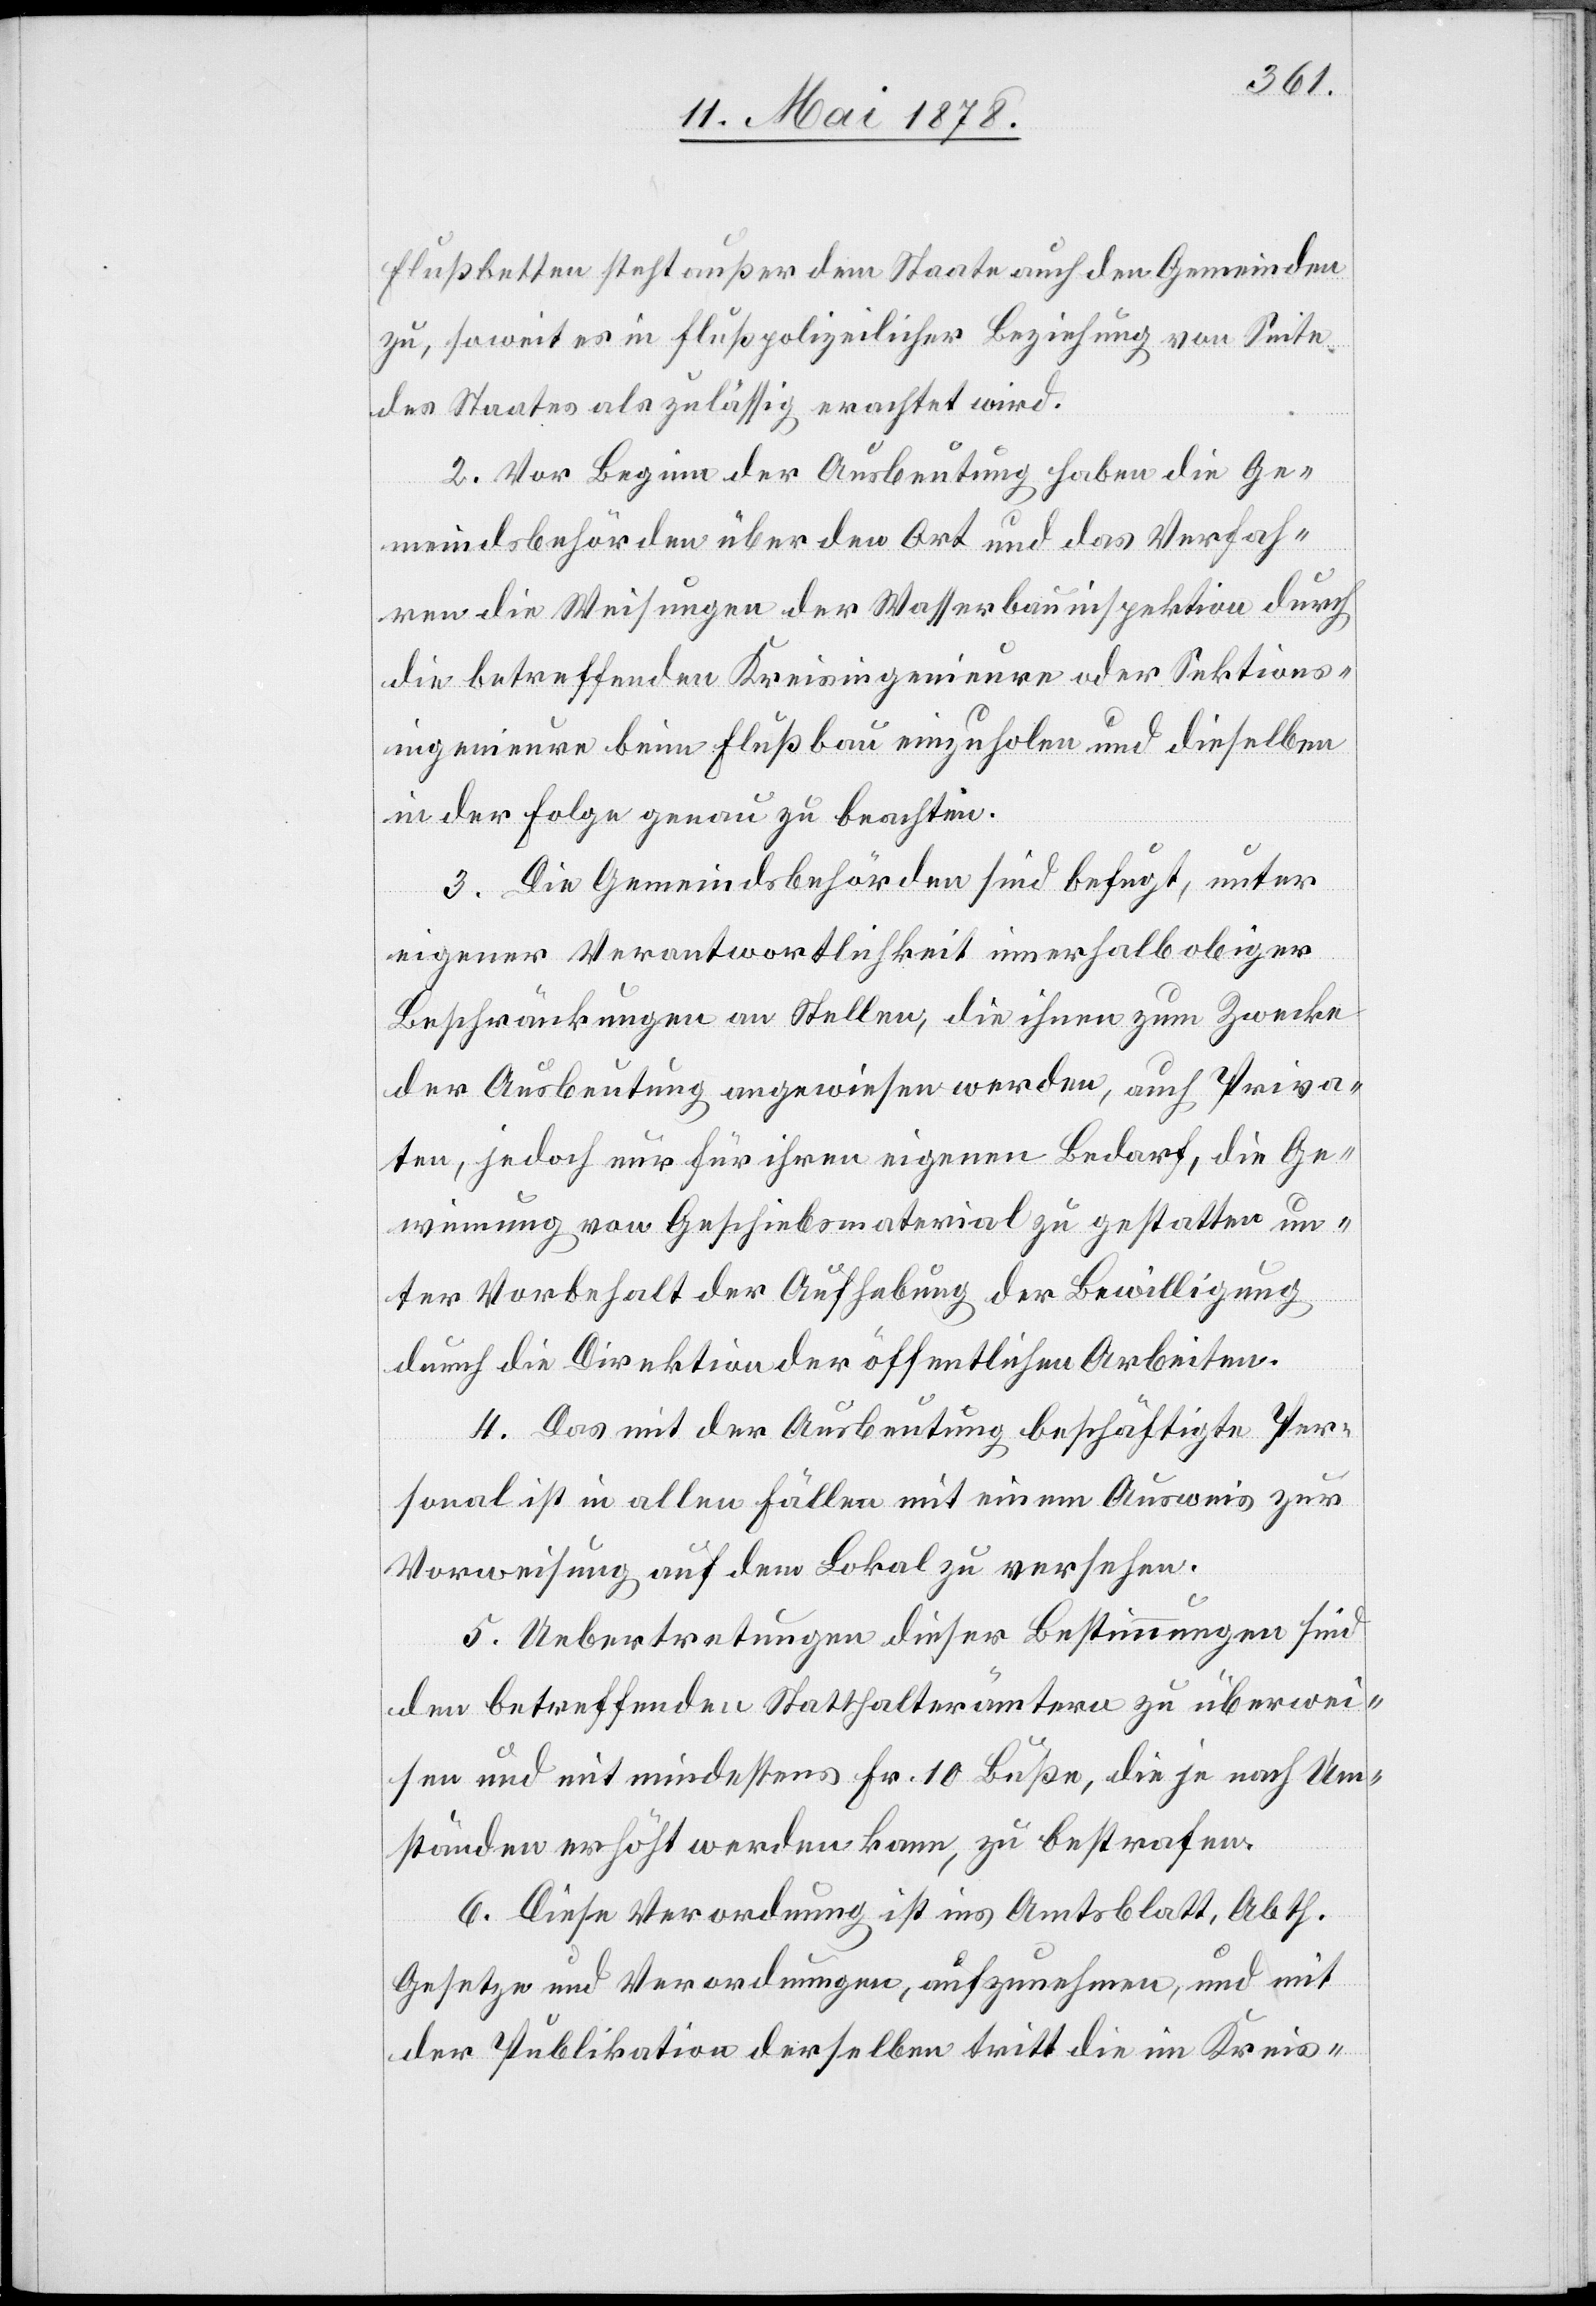
Flussbetten steht außer dem Staate auch den Gemeinden
zu, soweit es in flußpolizeilicher Beziehung von Seite
des Staates als zulässig erachtet wird.
2. Vor Beginn der Ausbeutung haben die Ge¬
meindsbehörden über den Ort und das Verfah¬
ren die Weisungen der Wasserbauinspektion durch
die betreffenden Kreisingenieure oder Sektions¬
ingenieure beim Flußbau einzuholen und dieselben
in der Folge genau zu beachten.
3. Die Gemeindsbehörden sind befugt, unter
eigener Verantwortlichkeit innerhalb obiger
Beschränkungen an Stellen, die ihnen zum Zwecke
der Ausbeutung angewiesen werden, auch Priva¬
ten, jedoch nur für ihren eigenen Bedarf, die Ge¬
winnung von Geschiebematerial zu gestatten un¬
ter Vorbehalt der Aufhebung der Bewilligung
durch die Direktion der öffentlichen Arbeiten.
4. Das mit der Ausbeutung beschäftigte Per¬
sonal ist in allen Fällen mit einem Ausweis zur
Vorweisung auf dem Lokal zu versehen.
5. Uebertretungen dieser Bestimmungen sind
den betreffenden Statthalterämtern zu überwei¬
sen und mit mindestens Fr. 10 Buße, die je nach Um¬
ständen erhöht werden kann, zu bestrafen.
6. Diese Verordnung ist ins Amtsblatt, Abth.
Gesetze und Verordnungen, aufzunehmen, und mit
der Publikation derselben tritt die im Kreis-